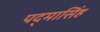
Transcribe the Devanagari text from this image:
पद्‌मासिंह